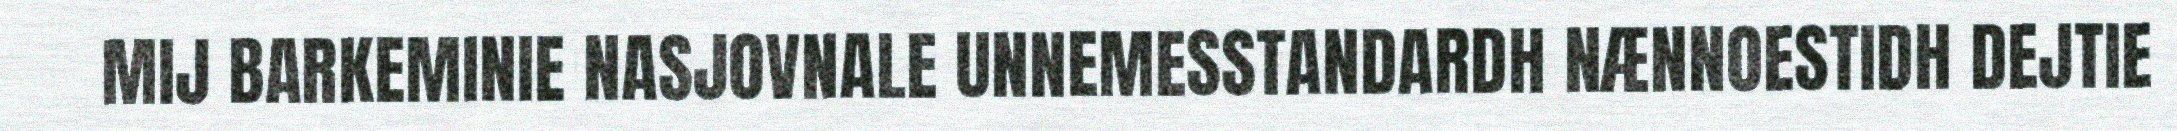
MIJ BARKEMINIE NASJOVNALE UNNEMESSTANDARDH NÆNNOESTIDH DEJTIE